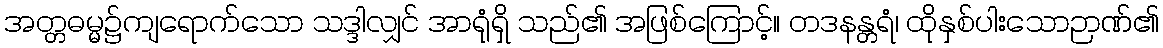
အတ္တဓမ္မ၌ကျရောက်သော သဒ္ဒါလျှင် အာရုံရှိ သည်၏ အဖြစ်ကြောင့်။ တဒနန္တရံ၊ ထိုနှစ်ပါးသောဉာဏ်၏